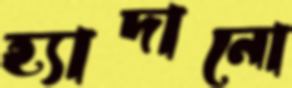
হ্যাদানো